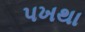
પખથા